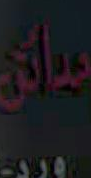
سال